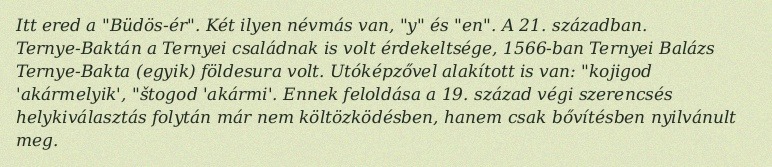
Itt ered a "Büdös-ér". Két ilyen névmás van, "y" és "en". A 21. században. Ternye-Baktán a Ternyei családnak is volt érdekeltsége, 1566-ban Ternyei Balázs Ternye-Bakta (egyik) földesura volt. Utóképzővel alakított is van: "kojigod 'akármelyik', "štogod 'akármi'. Ennek feloldása a 19. század végi szerencsés helykiválasztás folytán már nem költözködésben, hanem csak bővítésben nyilvánult meg.